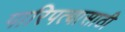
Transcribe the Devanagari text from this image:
पारिपत्यासाठी